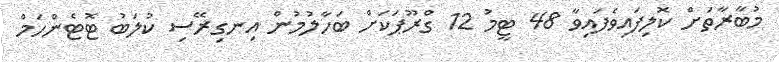
މުބާރާތަށް ކޮލިފައިވެފައިވާ 48 ޓީމު 12 ގްރޫޕަކަށް ބަހާލުމުން އިނގިރޭސި ކުލަބު ޓޮޓެންހަމް